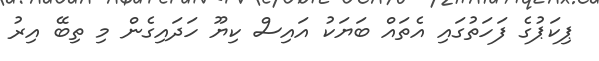
ޕިކަޕުގެ ފަހަތުގައި އެތައް ބަޔަކު އައިސް ކިޔޫ ހަދައިގެން މި ތިބޭ އިރު